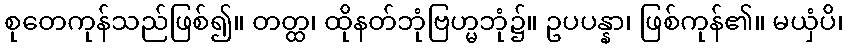
စုတေကုန်သည်ဖြစ်၍။ တတ္ထ၊ ထိုနတ်ဘုံဗြဟ္မဘုံ၌။ ဥပပန္နာ၊ ဖြစ်ကုန်၏။ မယှံပိ၊